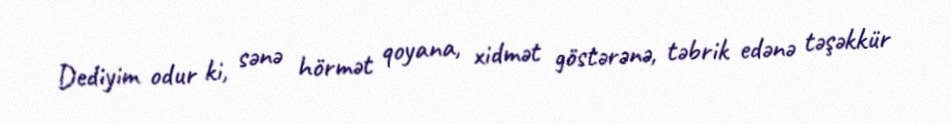
Dediyim odur ki, sənə hörmət qoyana, xidmət göstərənə, təbrik edənə təşəkkür